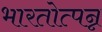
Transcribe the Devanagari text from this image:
भारतोत्पन्न